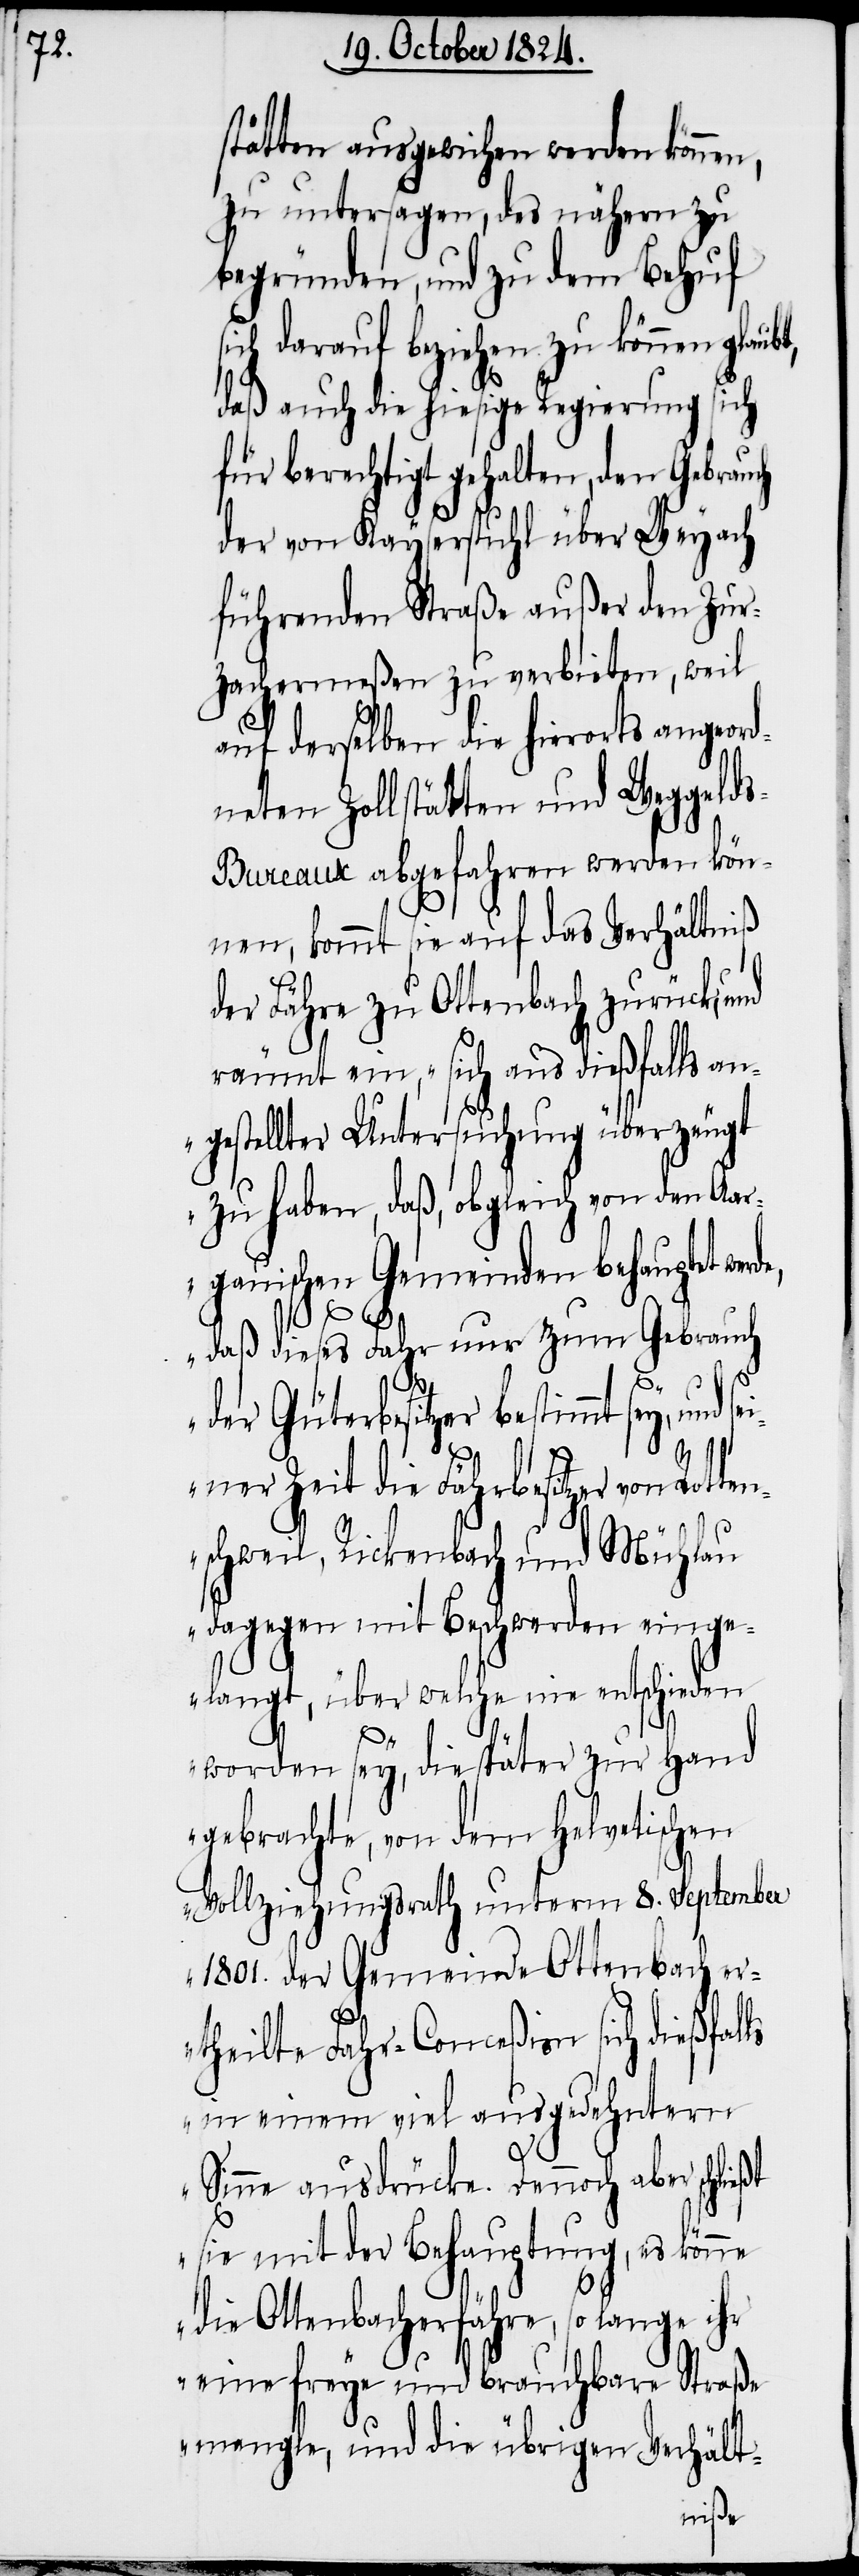
te¬

stätten ausgewichen werden können,
zu untersagen, des nähern zu
begründen, und zu dem Behuf
sich darauf beziehen zu können glaubt,
daß auch die hiesige Regierung sich
für berechtigt gehalten, den Gebrauch
der von Kayserstuhl über Weyach
führenden Straße außer den Zur¬
zachermeßen zu verbieten, weil
auf derselben die hierorts angeord¬
neten Zollstätten und Weggeld¬
s-Bureaux abgefahren werden kön¬
nen, kommt sie auf das Verhältniß
der Fähre zu Ottenbach zurück; und
räumt ein, „sich aus dießfalls an¬
gestellter Untersuchung überzeugt
zu haben, daß, obgleich von den Aar¬
gauischen Gemeinden behauptet wer¬
nd
sei¬
ßt
daß dieses Fahr nur zum Gebrauch
der Güterbesitzer bestimmt sey, u¬
ner Zeit die Fährbesitzer von Rot¬
nschweil, Rickenbach und Mühlau
dagegen mit Beschwerden einge¬
langt, über welche nie entschieden
worden sey, die später zur Hand
gebrachte, von dem Helvetischen
Vollziehungsrath unterm 8. September
1801. der Gemeinde Ottenbach er¬
theilte Fahr-Conceßion sich dießfal¬
in einem viel ausgedehntern
Sinne ausdrücke. Dennoch aber schlie¬
sie mit der Behauptung, es könne
die Ottenbacherfähre, so lange ihr
eine freye und brauchbare Straße
mangle, und die übrigen Verhält-